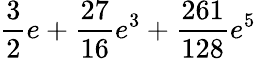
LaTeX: \frac{3}{2}e+\frac{27}{16}e^{3}+\frac{261}{128}e^{5}